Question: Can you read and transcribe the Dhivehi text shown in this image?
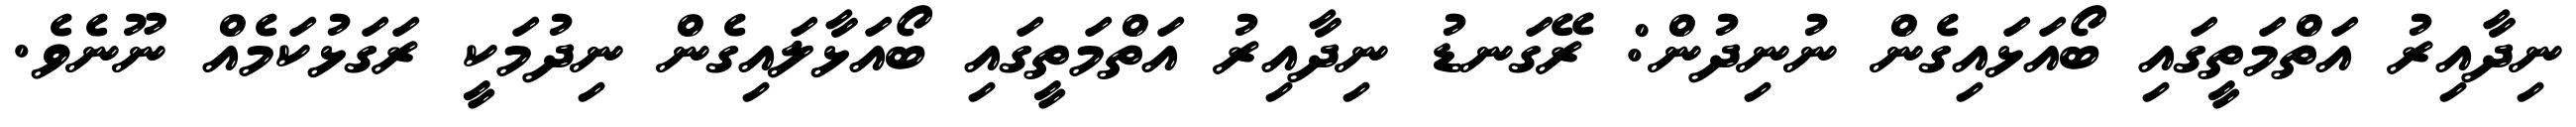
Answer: ނިދާއިރު އަތްމަތީގައި ބޯއަޅައިގެން ނުނިދުން: ރޭގަނޑު ނިދާއިރު އަތްމަތީގައި ބޯއަޅާލައިގެން ނިދުމަކީ ރަގަޅުކަމެއް ނޫނެވެ.